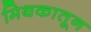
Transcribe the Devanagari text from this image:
मिथकातून